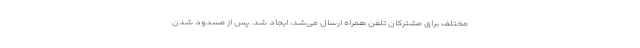
مختلف برای مشترکان تلفن همراه ارسال می‌شد، ایجاد شد. پس از مسدود شدن